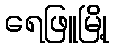
ရေဖြူမြို့